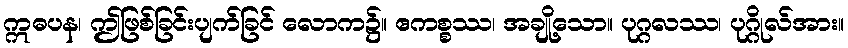
ဣဓပန၊ ဤဖြစ်ခြင်းပျက်ခြင် လောက၌။ ဧကစ္စဿ၊ အချို့သော။ ပုဂ္ဂလဿ၊ ပုဂ္ဂိုလ်အား။